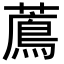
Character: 𦿬